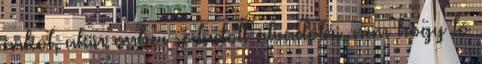
árkot, akin ember se tudott átvádolni, nem hogy ló